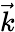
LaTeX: \vec{k}